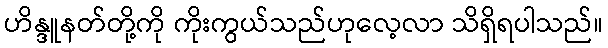
ဟိန္ဒူနတ်တို့ကို ကိုးကွယ်သည်ဟုလေ့လာ သိရှိရပါသည်။